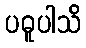
ပဓူပါသိ